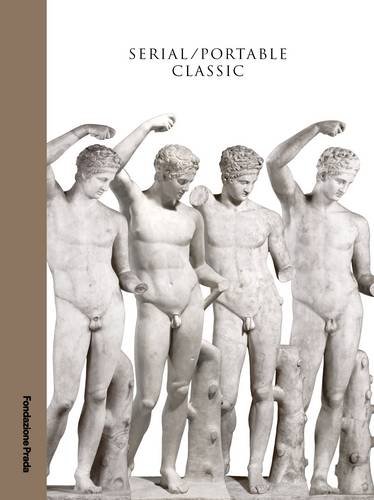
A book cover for Serial / Portable Classic: Multiplying Art in Greece and Rome; Arts & Photography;